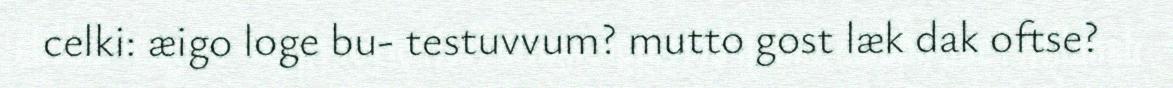
celki: æigo loge bu- testuvvum? mutto gost læk dak oftse?